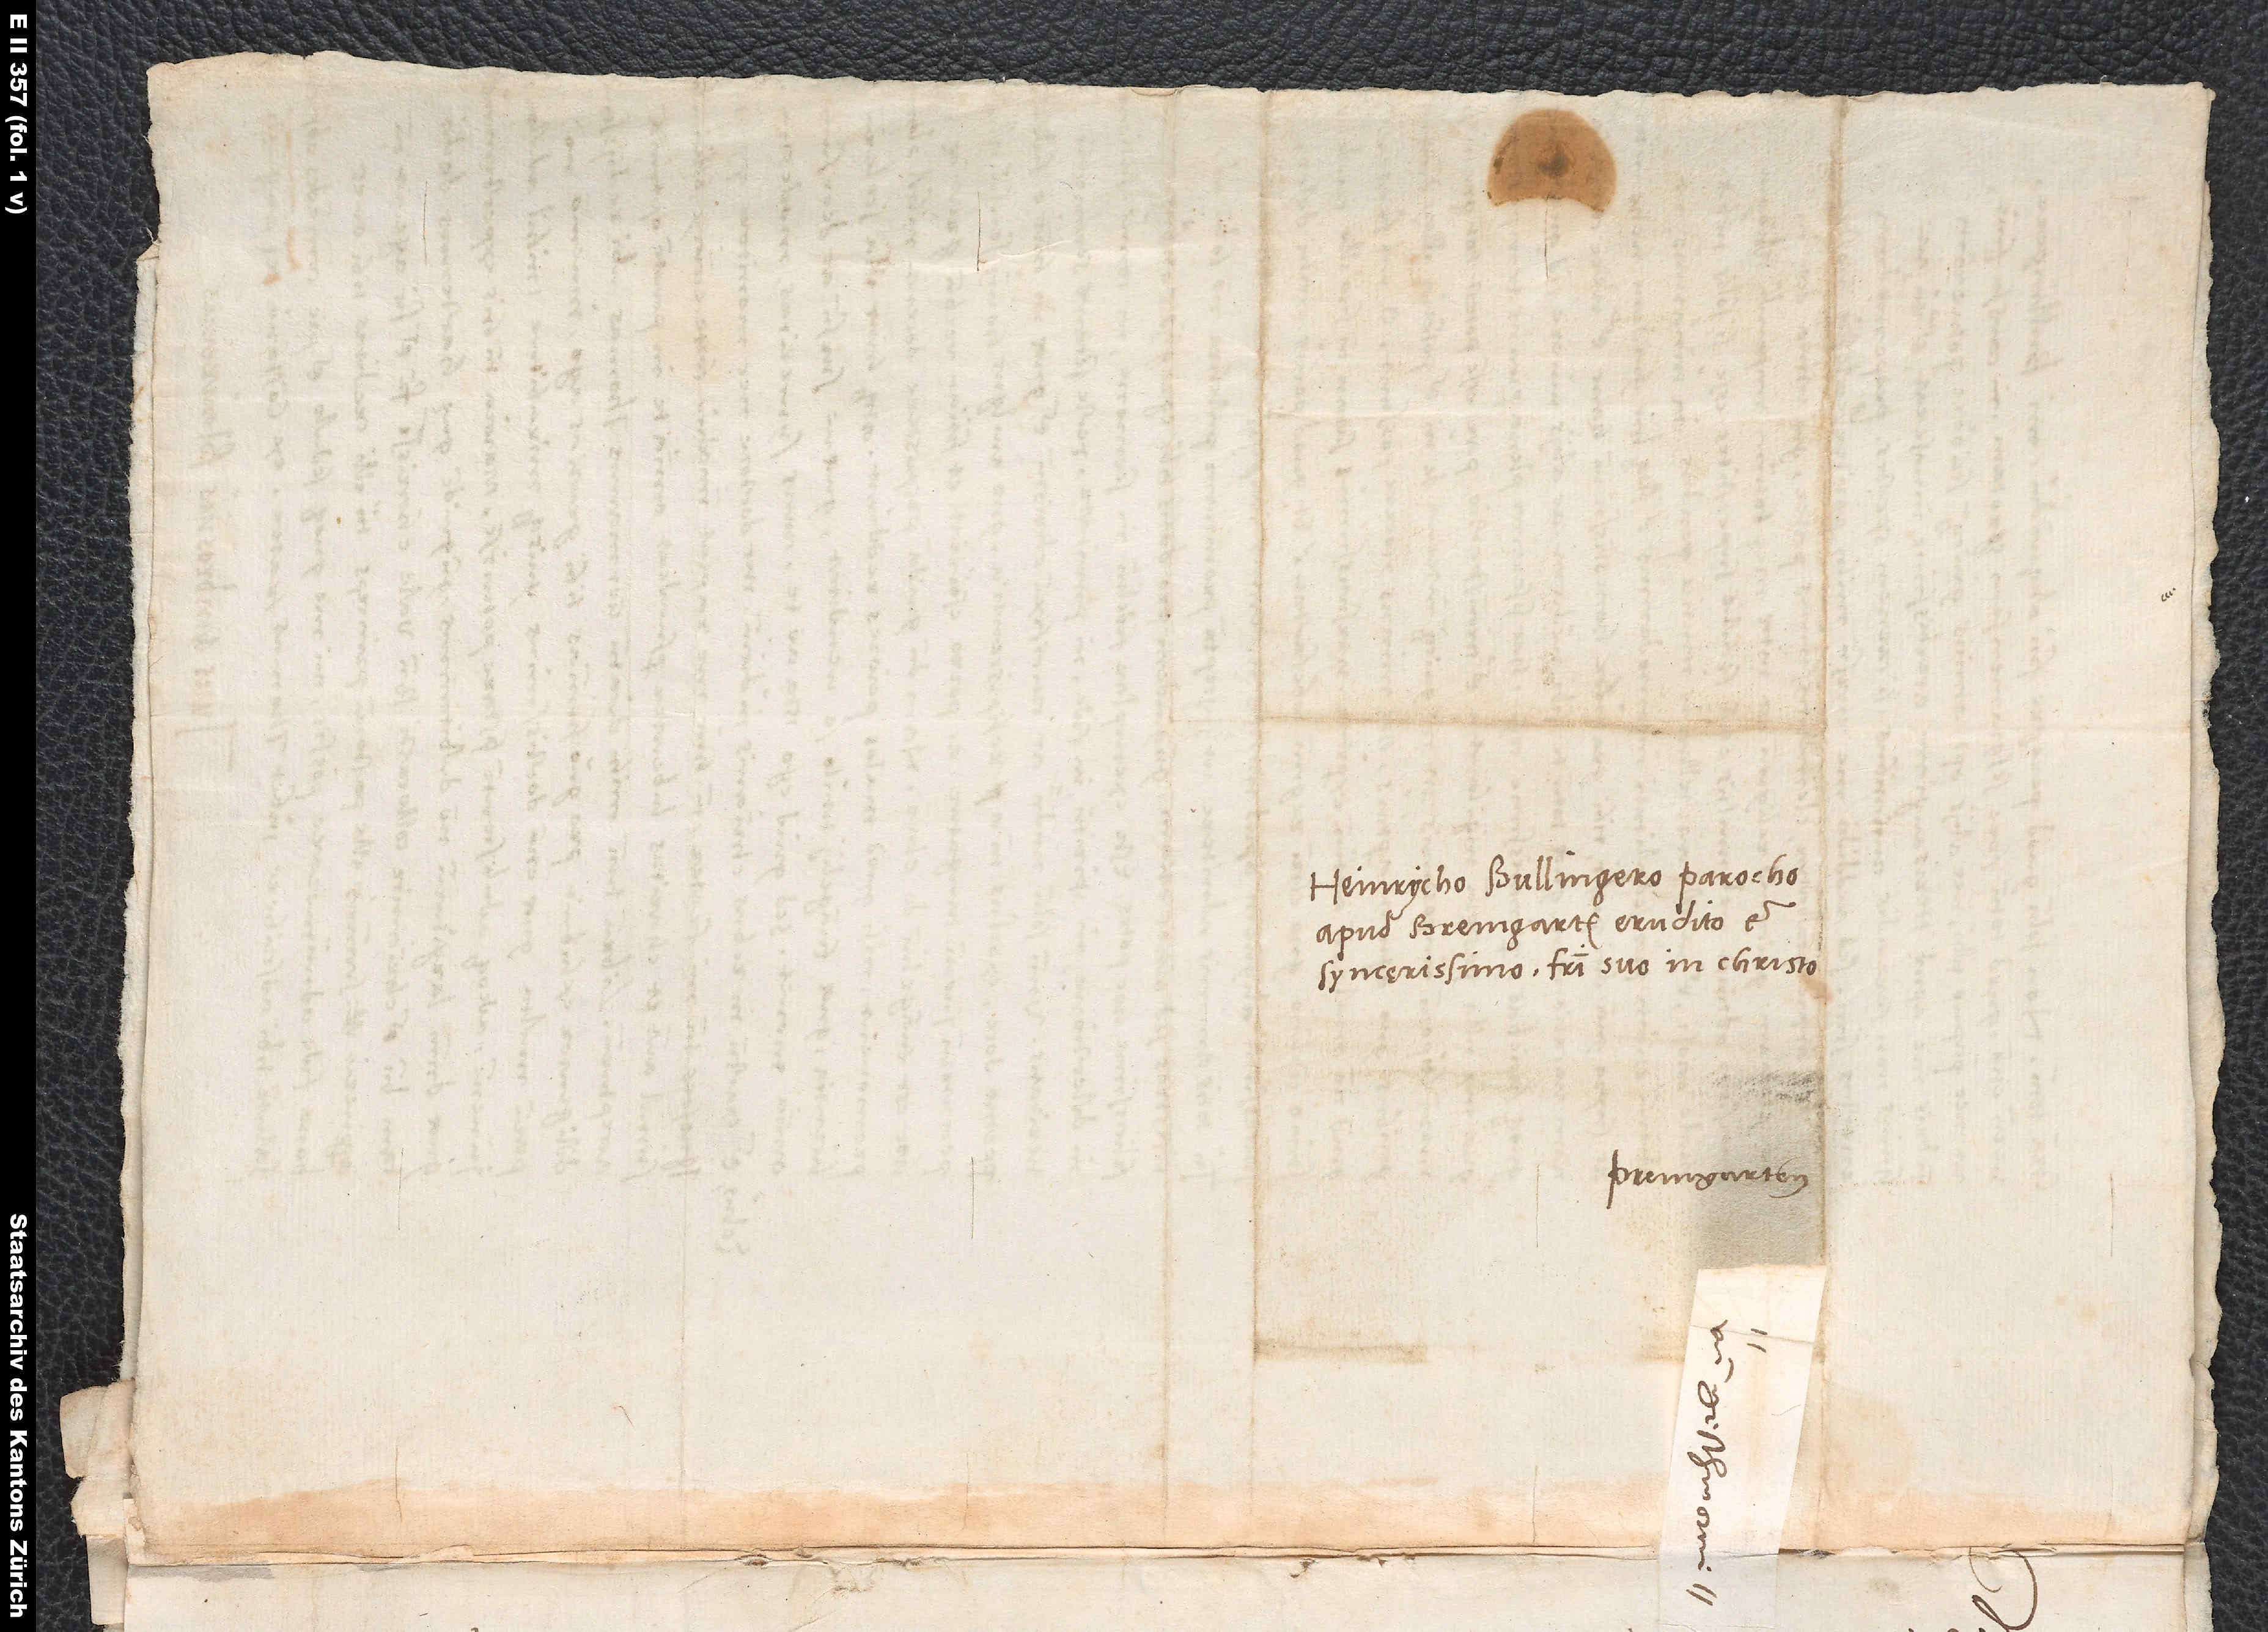
Heinrycho Bullingero, parocho
apud Bremgarten, erudito et
syncerissimo fratri suo in Christo.
Premgarten.